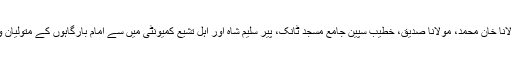
اہل سنت کے علماء مولانا خان محمد، مولانا صدیق، خطیب سپین جامع مسجد ٹانک، پیر سلیم شاہ اور اہل تشیع کمیونٹی میں سے امام بارگاہوں کے متولیان و دیگر نے شرکت کی۔